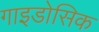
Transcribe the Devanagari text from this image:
गाइडोसिक